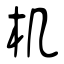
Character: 机